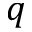
q